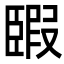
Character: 𦣯